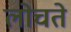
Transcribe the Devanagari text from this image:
लोचते